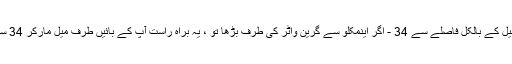
سنگ میل کے بالکل فاصلے سے 34 - اگر اینمکلو سے گرین واٹر کی طرف بڑھا تو ، یہ براہ راست آپ کے بائیں طرف میل مارکر 34 سے ہے۔